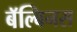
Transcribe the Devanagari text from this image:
बॅल्बिनस